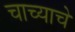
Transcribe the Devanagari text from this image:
चाच्याचे